Scottish Leaving Certificate Examination, 1960
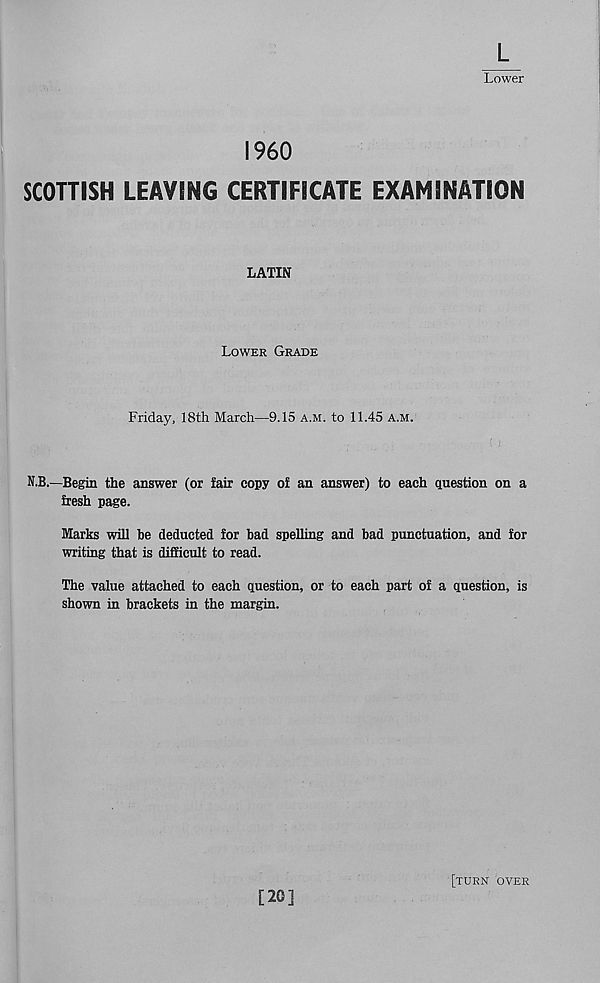
L
Lower
I960
SCOTTISH LEAVING CERTIFICATE EXAMINATION
LATIN
Lower Grade
Friday, 18th March—9.15 a.m. to 11.45 a.m.
N.B.—Begin the answer (or fair copy of an answer) to each question on a
fresh page.
Marks will he deducted for bad spelling and bad punctuation, and for
writing that is difficult to read.
The value attached to each question, or to each part of a question, is
shown in brackets in the margin.
[20]
[turn over